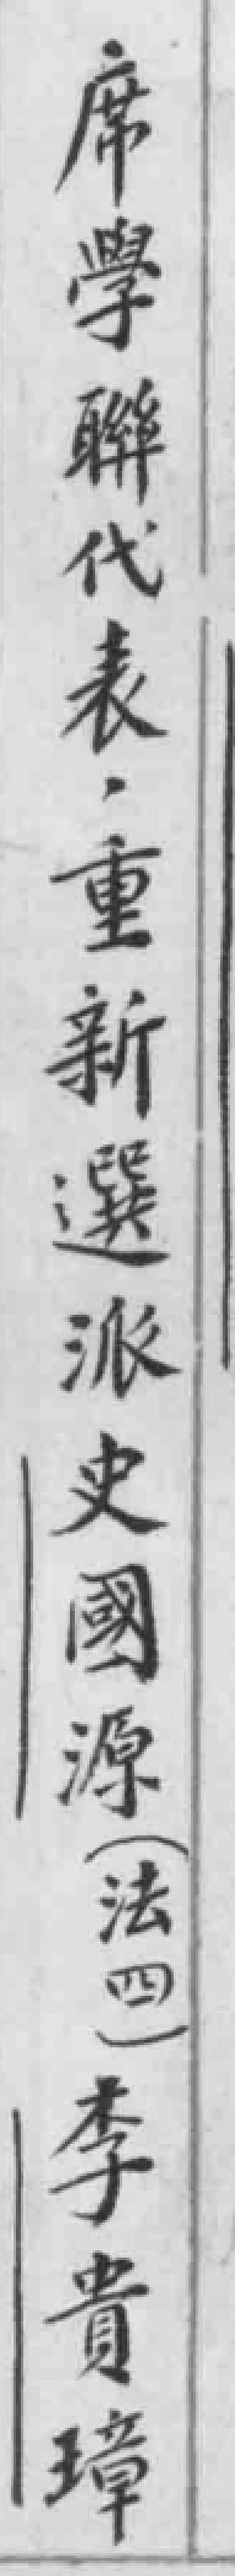
席学聯代表，重新選派史國源（法四）李貴璋